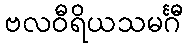
ဗလဝီရိယသမင်္ဂီ